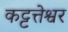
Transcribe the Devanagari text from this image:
कट्टत्तेश्वर